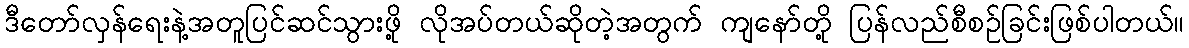
ဒီတော်လှန်ရေးနဲ့အတူပြင်ဆင်သွားဖို့ လိုအပ်တယ်ဆိုတဲ့အတွက် ကျနော်တို့ ပြန်လည်စီစဉ်ခြင်းဖြစ်ပါတယ်။